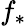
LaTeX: f_{*}